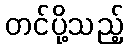
တင်ပို့သည့်